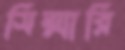
সিম্মারি